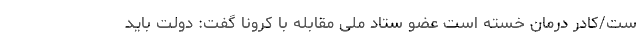
ست/کادر درمان خسته است عضو ستاد ملی مقابله با کرونا گفت: دولت باید